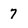
Character: 7